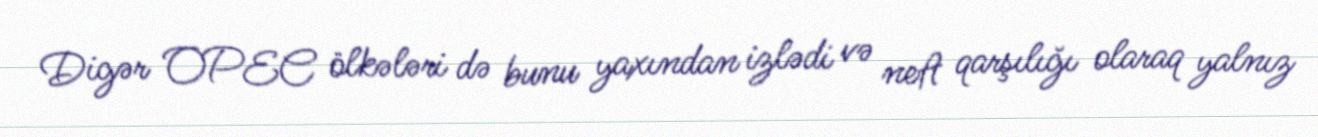
Digər OPEC ölkələri də bunu yaxından izlədi və neft qarşılığı olaraq yalnız